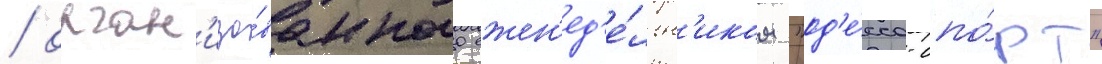
/ орган'изо́ванного ежен'ед'е́льн'иком "од'е́сса-спо́рт"